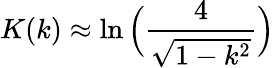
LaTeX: K(k)\approx\ln\Big(\frac{4}{\sqrt{1-k^{2}}}\Big)